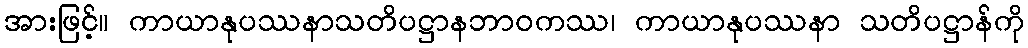
အားဖြင့်။ ကာယာနုပဿနာသတိပဋ္ဌာနဘာဝကဿ၊ ကာယာနုပဿနာ သတိပဋ္ဌာန်ကို